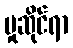
မှုဆိုင်ရာ